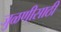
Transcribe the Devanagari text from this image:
जुळणीसाठी